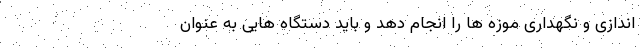
اندازی و نگهداری موزه ها را انجام دهد و باید دستگاه هایی به عنوان